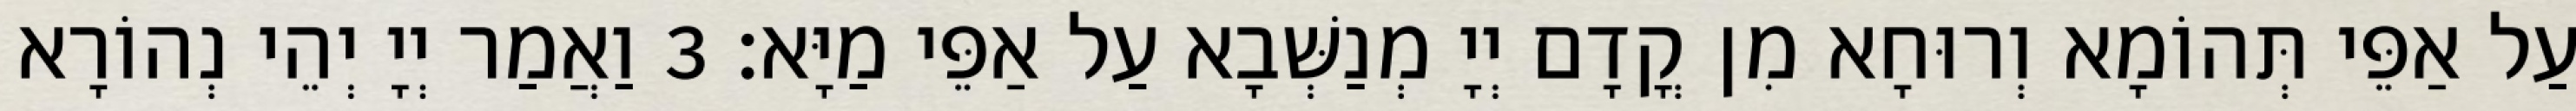
עַל אַפֵּי תְּהוֹמָא וְרוּחָא מִן קֳדָם יְיָ מְנַשְּׁבָא עַל אַפֵּי מַיָּא׃ 3 וַאֲמַר יְיָ יְהֵי נְהוֹרָא